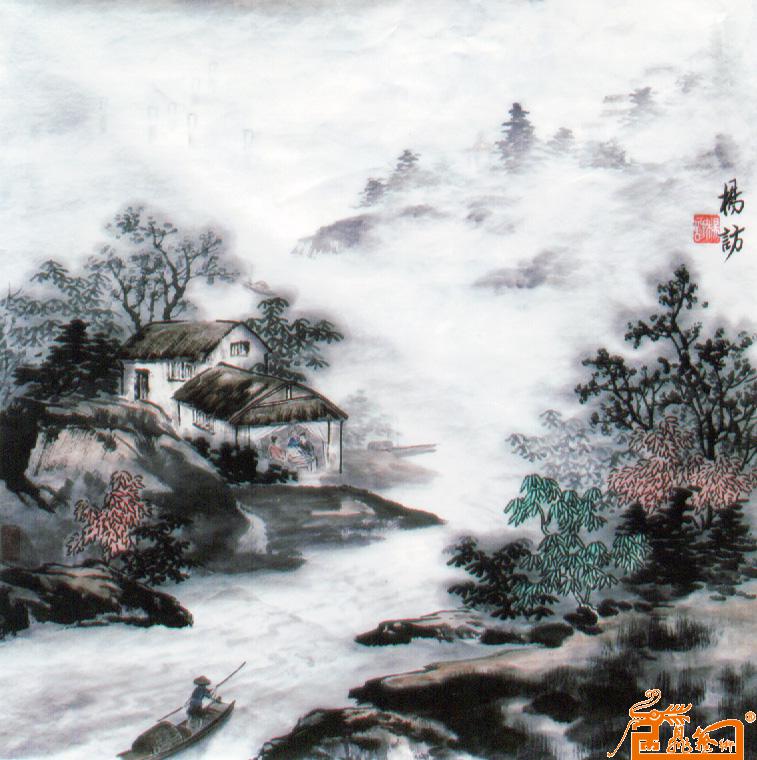
一字无题外，落叶都愁。